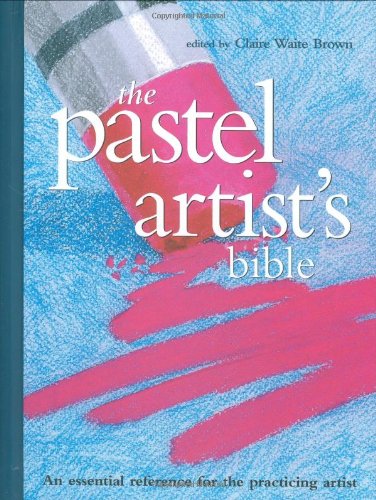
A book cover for Pastel Artist's Bible: An Essential Reference for the Practicing Artist (Artist's Bibles); Arts & Photography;